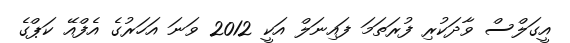
އީގަލްސް ވާދަކުރި ފުރަތަމަ ފައިނަލް އަކީ 2012 ވަނަ އަހަރުގެ އެފްއޭ ކަޕްގެ